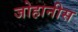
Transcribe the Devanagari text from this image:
जोहानीस